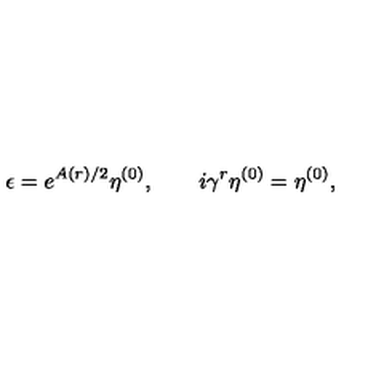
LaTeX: \epsilon = e ^ { A ( r ) / 2 } \eta ^ { ( 0 ) } , \quad \quad i \gamma ^ { r } \eta ^ { ( 0 ) } = \eta ^ { ( 0 ) } ,